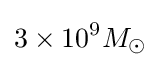
3\times 10^{9}M_{\odot }